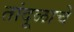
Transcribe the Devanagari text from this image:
तांदूळाचे